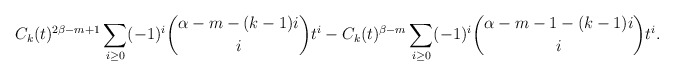
\begin{align*}C_k(t)^{2\beta-m+1} \sum_{i \geq 0} (-1)^i \binom{\alpha-m-(k-1)i}{i} t^i - C_k(t)^{\beta-m} \sum_{i \geq 0} (-1)^i \binom{\alpha-m-1-(k-1)i}{i} t^i.\end{align*}